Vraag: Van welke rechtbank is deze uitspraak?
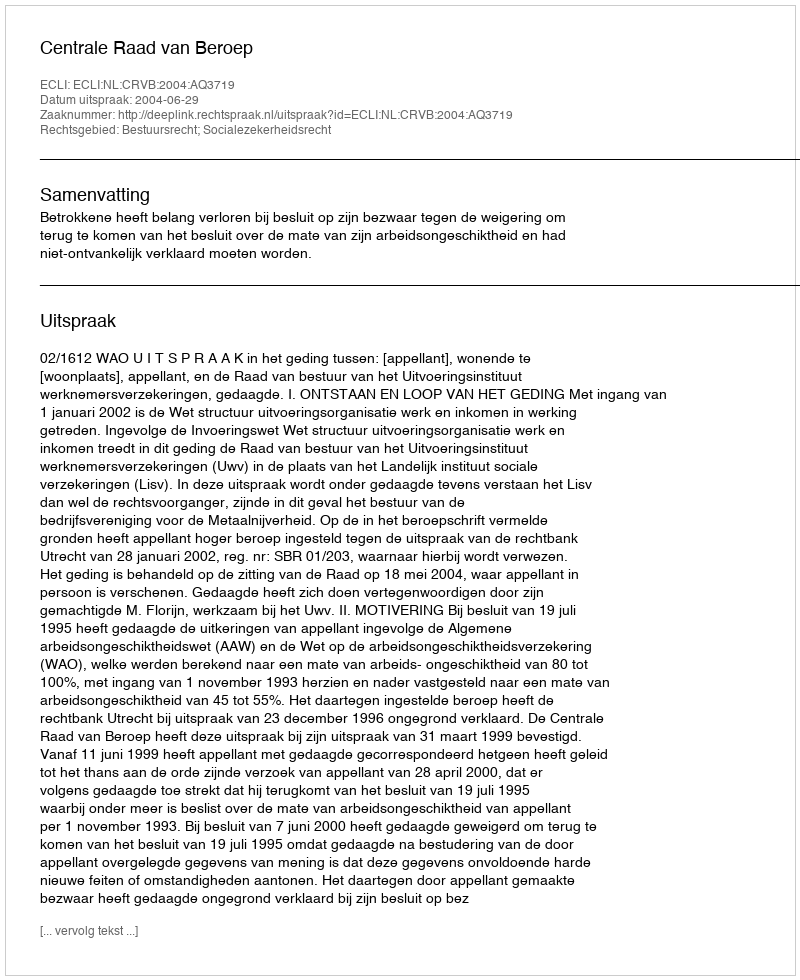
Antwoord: Centrale Raad van Beroep